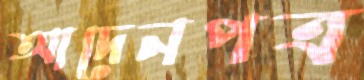
আদেনপত্র